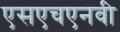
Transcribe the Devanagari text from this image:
एसएचएनवी